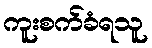
ကူးစက်ခံရသူ